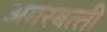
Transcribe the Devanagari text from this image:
अगरबत्‍ती